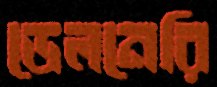
ডেলনেরি